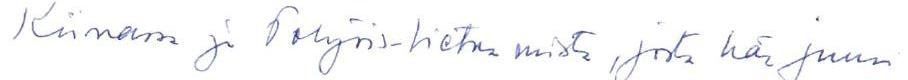
Kiinassa ja Pohjois-Vietnamista, josta hän juuri